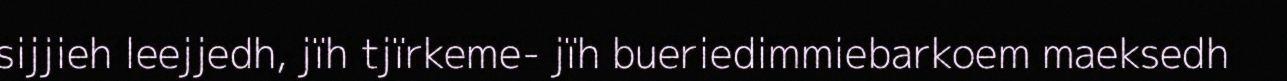
sijjieh leejjedh, jïh tjïrkeme- jïh bueriedimmiebarkoem maeksedh